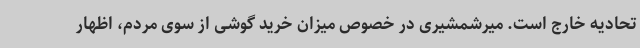
تحادیه خارج است. میرشمشیری در خصوص میزان خرید گوشی از سوی مردم، اظهار